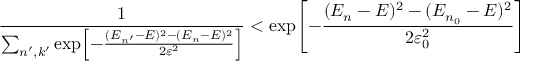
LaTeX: { \frac { 1 } { \sum _ { n ^ { \prime } , k ^ { \prime } } \exp \! \left[ { - { \frac { ( E _ { n ^ { \prime } } - E ) ^ { 2 } - ( E _ { n } - E ) ^ { 2 } } { 2 \varepsilon ^ { 2 } } } } \right] } } < \exp \! \left[ { - { \frac { ( E _ { n } - E ) ^ { 2 } - ( E _ { n _ { 0 } } - E ) ^ { 2 } } { 2 \varepsilon _ { 0 } ^ { 2 } } } } \right]